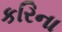
કરિના